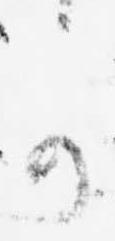
か